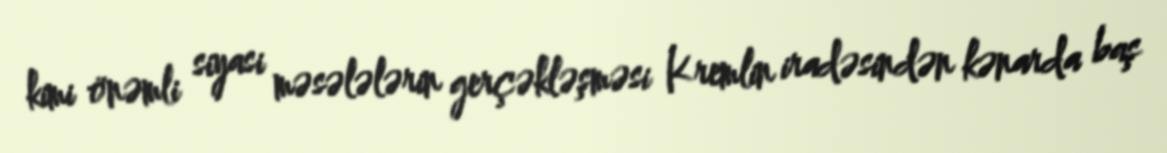
kimi önəmli siyasi məsələlərin gerçəkləşməsi Kremlin iradəsindən kənarda baş